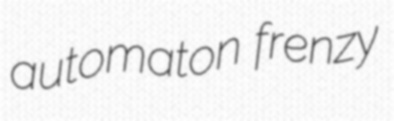
automaton frenzy